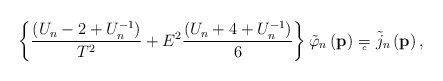
\begin{align*}\left\{ \frac{\left( U_n-2+U_n^{-1}\right) }{T^2}+E^2\frac{\left(U_n+4+U_n^{-1}\right) }6\right\} \tilde{\varphi}_n\left( \mathbf{p}\right) ={}_{{}_{\!\!\!\!\!\!\!c}} \;\, \tilde{j}_n\left( \mathbf{p}\right) ,\end{align*}